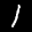
Label: 1